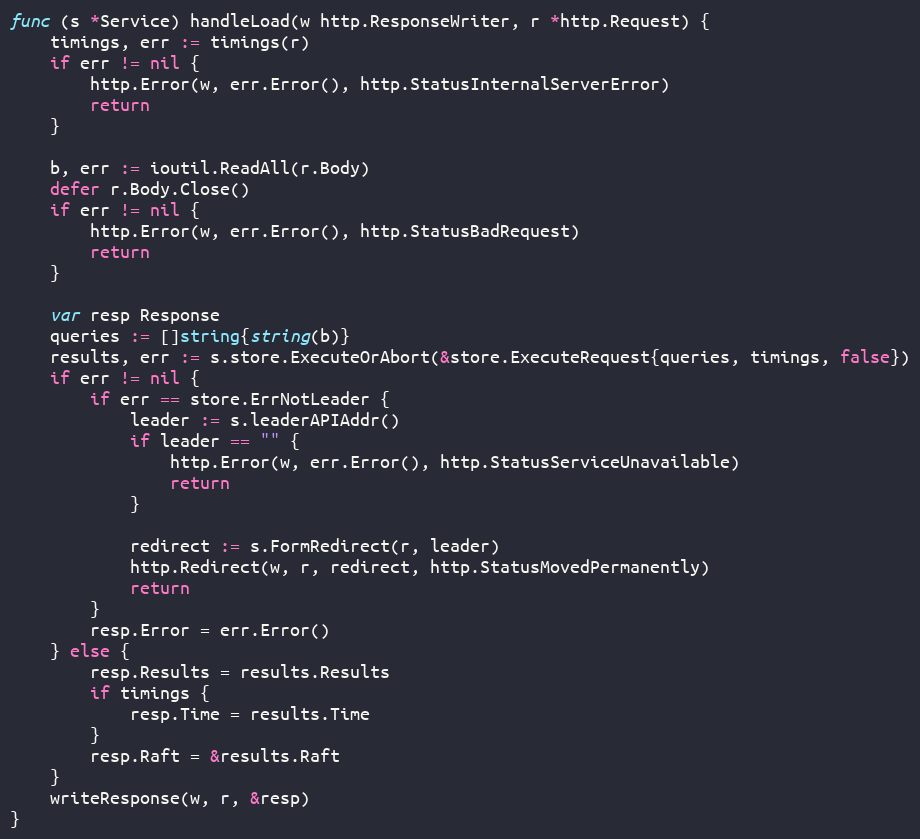
Language: Go
func (s *Service) handleLoad(w http.ResponseWriter, r *http.Request) {
	timings, err := timings(r)
	if err != nil {
		http.Error(w, err.Error(), http.StatusInternalServerError)
		return
	}

	b, err := ioutil.ReadAll(r.Body)
	defer r.Body.Close()
	if err != nil {
		http.Error(w, err.Error(), http.StatusBadRequest)
		return
	}

	var resp Response
	queries := []string{string(b)}
	results, err := s.store.ExecuteOrAbort(&store.ExecuteRequest{queries, timings, false})
	if err != nil {
		if err == store.ErrNotLeader {
			leader := s.leaderAPIAddr()
			if leader == "" {
				http.Error(w, err.Error(), http.StatusServiceUnavailable)
				return
			}

			redirect := s.FormRedirect(r, leader)
			http.Redirect(w, r, redirect, http.StatusMovedPermanently)
			return
		}
		resp.Error = err.Error()
	} else {
		resp.Results = results.Results
		if timings {
			resp.Time = results.Time
		}
		resp.Raft = &results.Raft
	}
	writeResponse(w, r, &resp)
}